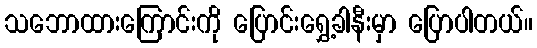
သဘောထားကြောင်းကို ပြောင်းရွှေ့ခါနီးမှာ ပြောပါတယ်။